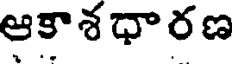
ఆకాశధారణ